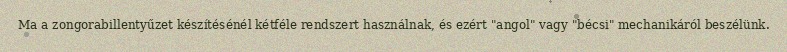
Ma a zongorabillentyűzet készítésénél kétféle rendszert használnak, és ezért "angol" vagy "bécsi" mechanikáról beszélünk.